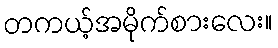
တကယ့်အမိုက်စားလေး။